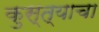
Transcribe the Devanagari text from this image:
कुस्त्याचा